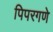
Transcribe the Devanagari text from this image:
पिपरगणे